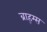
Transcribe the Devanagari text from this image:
ब्राह्म्स